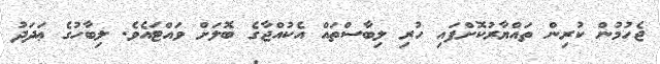
ޖެހުމުން ކުރިން ތައްޔާރުކޮށްފައި ހުރި ލިބާސްތައް އެކުއްޖާގެ ބޮލަށް ވައްޓައެވެ. ލިބާހުގެ ޢަދަދު